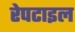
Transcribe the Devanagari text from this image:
रेपटाइल